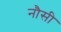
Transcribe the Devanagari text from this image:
नौसी